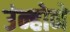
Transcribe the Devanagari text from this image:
उंन्होने